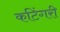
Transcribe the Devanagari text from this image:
कटिंगरी